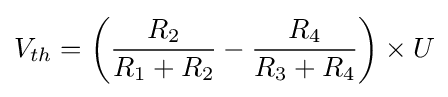
V_{th}=\left({\frac {R_{2}}{R_{1}+R_{2}}}-{\frac {R_{4}}{R_{3}+R_{4}}}\right)\times U